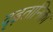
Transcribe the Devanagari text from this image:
दृढ़तानिका